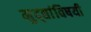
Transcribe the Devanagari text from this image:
मुद्द्यांविषयी